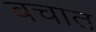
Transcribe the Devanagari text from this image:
बचात